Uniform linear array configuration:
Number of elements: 16
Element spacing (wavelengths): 0.75
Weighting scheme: hann
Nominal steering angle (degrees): -60
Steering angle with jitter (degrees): -60.693
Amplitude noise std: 0.05
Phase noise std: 0.05

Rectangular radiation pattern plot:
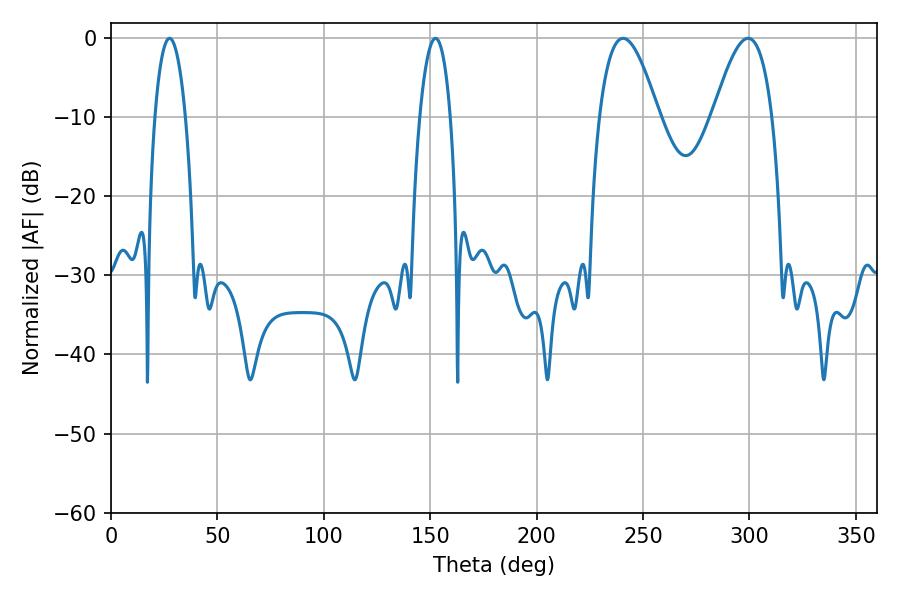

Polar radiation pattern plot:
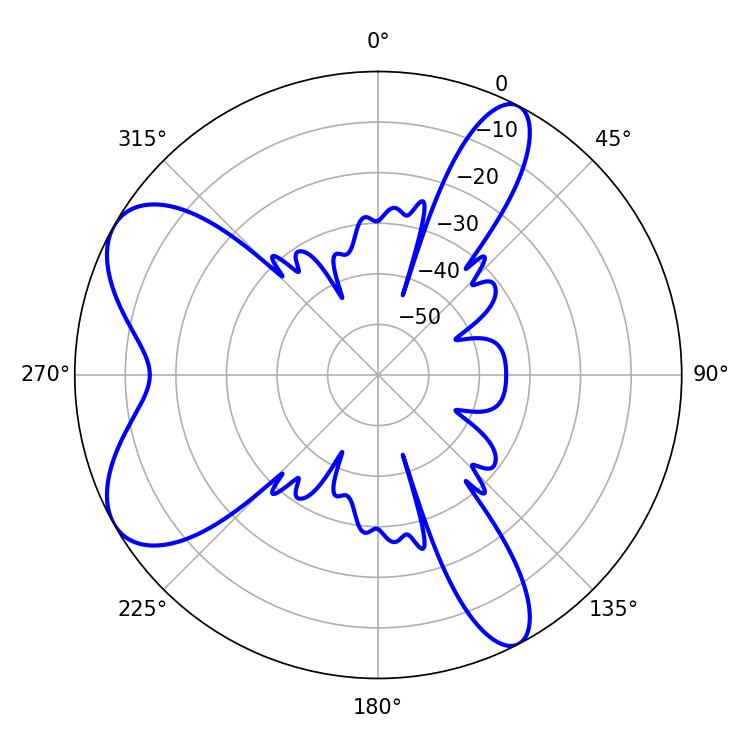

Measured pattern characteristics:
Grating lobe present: TRUE
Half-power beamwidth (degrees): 15.12
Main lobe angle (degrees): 240.66